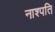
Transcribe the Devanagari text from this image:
नाश्पति